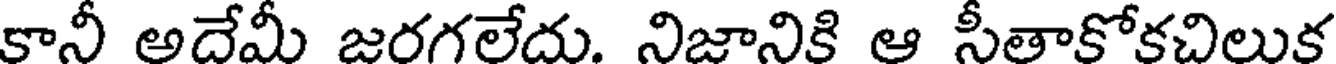
కానీ అదేమీ జరగలేదు. నిజానికి ఆ సీతాకోకచిలుక